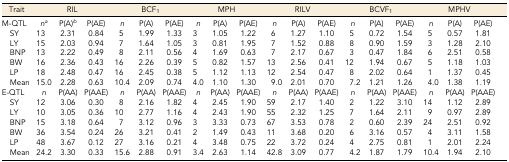
<table><thead><tr><td><b>Trait</b></td><td colspan="3"><b>RIL</b></td><td colspan="3"><b>BCF<sub>1</sub></b></td><td colspan="3"><b>MPH</b></td><td colspan="3"><b>RILV</b></td><td colspan="3"><b>BCVF<sub>1</sub></b></td><td colspan="3"><b>MPHV</b></td></tr></thead><tbody><tr><td>M-QTL</td><td><i>n</i><i><sup>a</sup></i></td><td>P(A)<i><sup>b</sup></i></td><td>P(AE)</td><td><i>n</i></td><td>P(A)</td><td>P(AE)</td><td><i>n</i></td><td>P(A)</td><td>P(AE)</td><td><i>n</i></td><td>P(A)</td><td>P(AE)</td><td><i>n</i></td><td>P(A)</td><td>P(AE)</td><td><i>n</i></td><td>P(A)</td><td>P(AE)</td></tr><tr><td> SY</td><td>13</td><td>2.31</td><td>0.84</td><td>5</td><td>1.99</td><td>1.33</td><td>3</td><td>1.05</td><td>1.22</td><td>6</td><td>1.27</td><td>1.10</td><td>5</td><td>0.72</td><td>1.54</td><td>5</td><td>0.57</td><td>1.81</td></tr><tr><td> LY</td><td>15</td><td>2.03</td><td>0.94</td><td>7</td><td>1.64</td><td>1.05</td><td>3</td><td>0.81</td><td>1.95</td><td>7</td><td>1.52</td><td>0.88</td><td>8</td><td>0.90</td><td>1.59</td><td>3</td><td>1.28</td><td>2.10</td></tr><tr><td> BNP</td><td>13</td><td>2.22</td><td>0.49</td><td>8</td><td>2.11</td><td>0.56</td><td>4</td><td>1.69</td><td>0.63</td><td>7</td><td>2.17</td><td>0.67</td><td>3</td><td>0.47</td><td>1.84</td><td>6</td><td>2.51</td><td>0.58</td></tr><tr><td> BW</td><td>16</td><td>2.36</td><td>0.43</td><td>16</td><td>2.26</td><td>0.39</td><td>5</td><td>0.82</td><td>1.57</td><td>13</td><td>2.56</td><td>0.41</td><td>12</td><td>1.94</td><td>0.67</td><td>5</td><td>1.18</td><td>1.03</td></tr><tr><td> LP</td><td>18</td><td>2.48</td><td>0.47</td><td>16</td><td>2.45</td><td>0.38</td><td>5</td><td>1.12</td><td>1.13</td><td>12</td><td>2.54</td><td>0.47</td><td>8</td><td>2.02</td><td>0.64</td><td>1</td><td>1.37</td><td>0.45</td></tr><tr><td> Mean</td><td>15.0</td><td>2.28</td><td>0.63</td><td>10.4</td><td>2.09</td><td>0.74</td><td>4.0</td><td>1.10</td><td>1.30</td><td>9.0</td><td>2.01</td><td>0.70</td><td>7.2</td><td>1.21</td><td>1.26</td><td>4.0</td><td>1.38</td><td>1.19</td></tr><tr><td>E-QTL</td><td><i>n</i></td><td>P(AA)</td><td>P(AAE)</td><td><i>n</i></td><td>P(AA)</td><td>P(AAE)</td><td><i>n</i></td><td>P(AA)</td><td>P(AAE)</td><td><i>n</i></td><td>P(AA)</td><td>P(AAE)</td><td><i>n</i></td><td>P(AA)</td><td>P(AAE)</td><td><i>n</i></td><td>P(AA)</td><td>P(AAE)</td></tr><tr><td> SY</td><td>12</td><td>3.06</td><td>0.30</td><td>8</td><td>2.16</td><td>1.82</td><td>4</td><td>2.45</td><td>1.90</td><td>59</td><td>2.17</td><td>1.40</td><td>2</td><td>1.22</td><td>3.10</td><td>14</td><td>1.12</td><td>2.89</td></tr><tr><td> LY</td><td>10</td><td>3.05</td><td>0.36</td><td>10</td><td>2.77</td><td>1.16</td><td>4</td><td>2.43</td><td>1.90</td><td>55</td><td>2.32</td><td>1.25</td><td>7</td><td>1.64</td><td>2.11</td><td>9</td><td>0.97</td><td>2.89</td></tr><tr><td> BNP</td><td>15</td><td>3.18</td><td>0.64</td><td>7</td><td>3.12</td><td>0.96</td><td>3</td><td>3.33</td><td>0.73</td><td>67</td><td>3.53</td><td>0.78</td><td>2</td><td>0.60</td><td>2.39</td><td>24</td><td>2.51</td><td>0.92</td></tr><tr><td> BW</td><td>36</td><td>3.54</td><td>0.24</td><td>26</td><td>3.21</td><td>0.41</td><td>2</td><td>1.49</td><td>0.43</td><td>11</td><td>3.68</td><td>0.20</td><td>6</td><td>3.16</td><td>0.57</td><td>4</td><td>3.11</td><td>1.58</td></tr><tr><td> LP</td><td>48</td><td>3.67</td><td>0.12</td><td>27</td><td>3.16</td><td>0.21</td><td>4</td><td>3.48</td><td>0.75</td><td>22</td><td>3.72</td><td>0.24</td><td>4</td><td>2.75</td><td>0.81</td><td>1</td><td>2.01</td><td>2.24</td></tr><tr><td> Mean</td><td>24.2</td><td>3.30</td><td>0.33</td><td>15.6</td><td>2.88</td><td>0.91</td><td>3.4</td><td>2.63</td><td>1.14</td><td>42.8</td><td>3.09</td><td>0.77</td><td>4.2</td><td>1.87</td><td>1.79</td><td>10.4</td><td>1.94</td><td>2.10</td></tr></tbody></table>